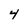
Character: 4